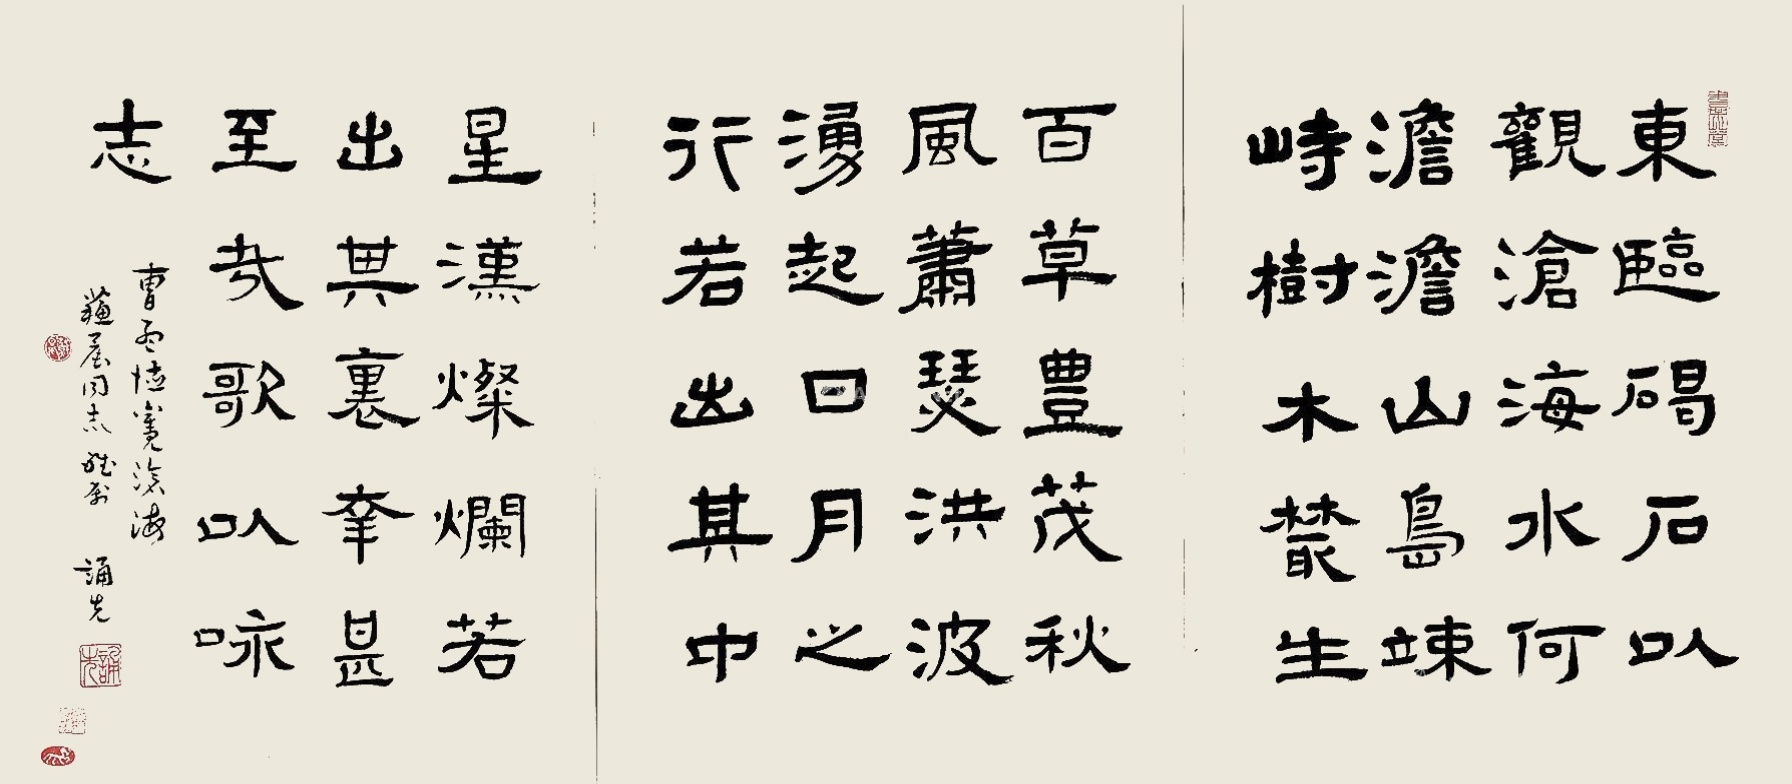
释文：东临碣石，以观沧海。水何澹澹，山岛竦峙。树木丛生，百草丰茂。秋风萧瑟，洪波涌起。日月之行，若出其中；星汉灿烂，若出其里。幸甚至哉，歌以咏志。曹孟德，观沧海，苏晨同志雅属，诵先。